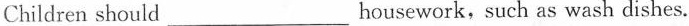
Children should ___ housework，such as wash dishes。